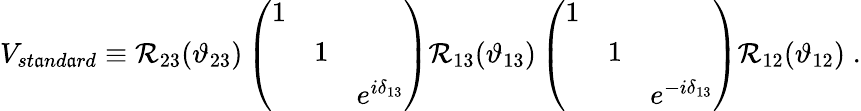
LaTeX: V_{st\mathfrak{a}nd\mathfrak{a}rd}\equiv\mathcal{R}_{23}(\vartheta_{23})\left(\begin{array}{lll}{{1}}&{{}}&{{}}\\ {{}}&{{1}}&{{}}\\ {{}}&{{}}&{{e^{i\delta_{13}}}}\end{array}\right)\mathcal{R}_{13}(\vartheta_{13})\left(\begin{array}{lll}{{1}}&{{}}&{{}}\\ {{}}&{{1}}&{{}}\\ {{}}&{{}}&{{e^{-i\delta_{13}}}}\end{array}\right)\mathcal{R}_{12}(\vartheta_{12})\; .